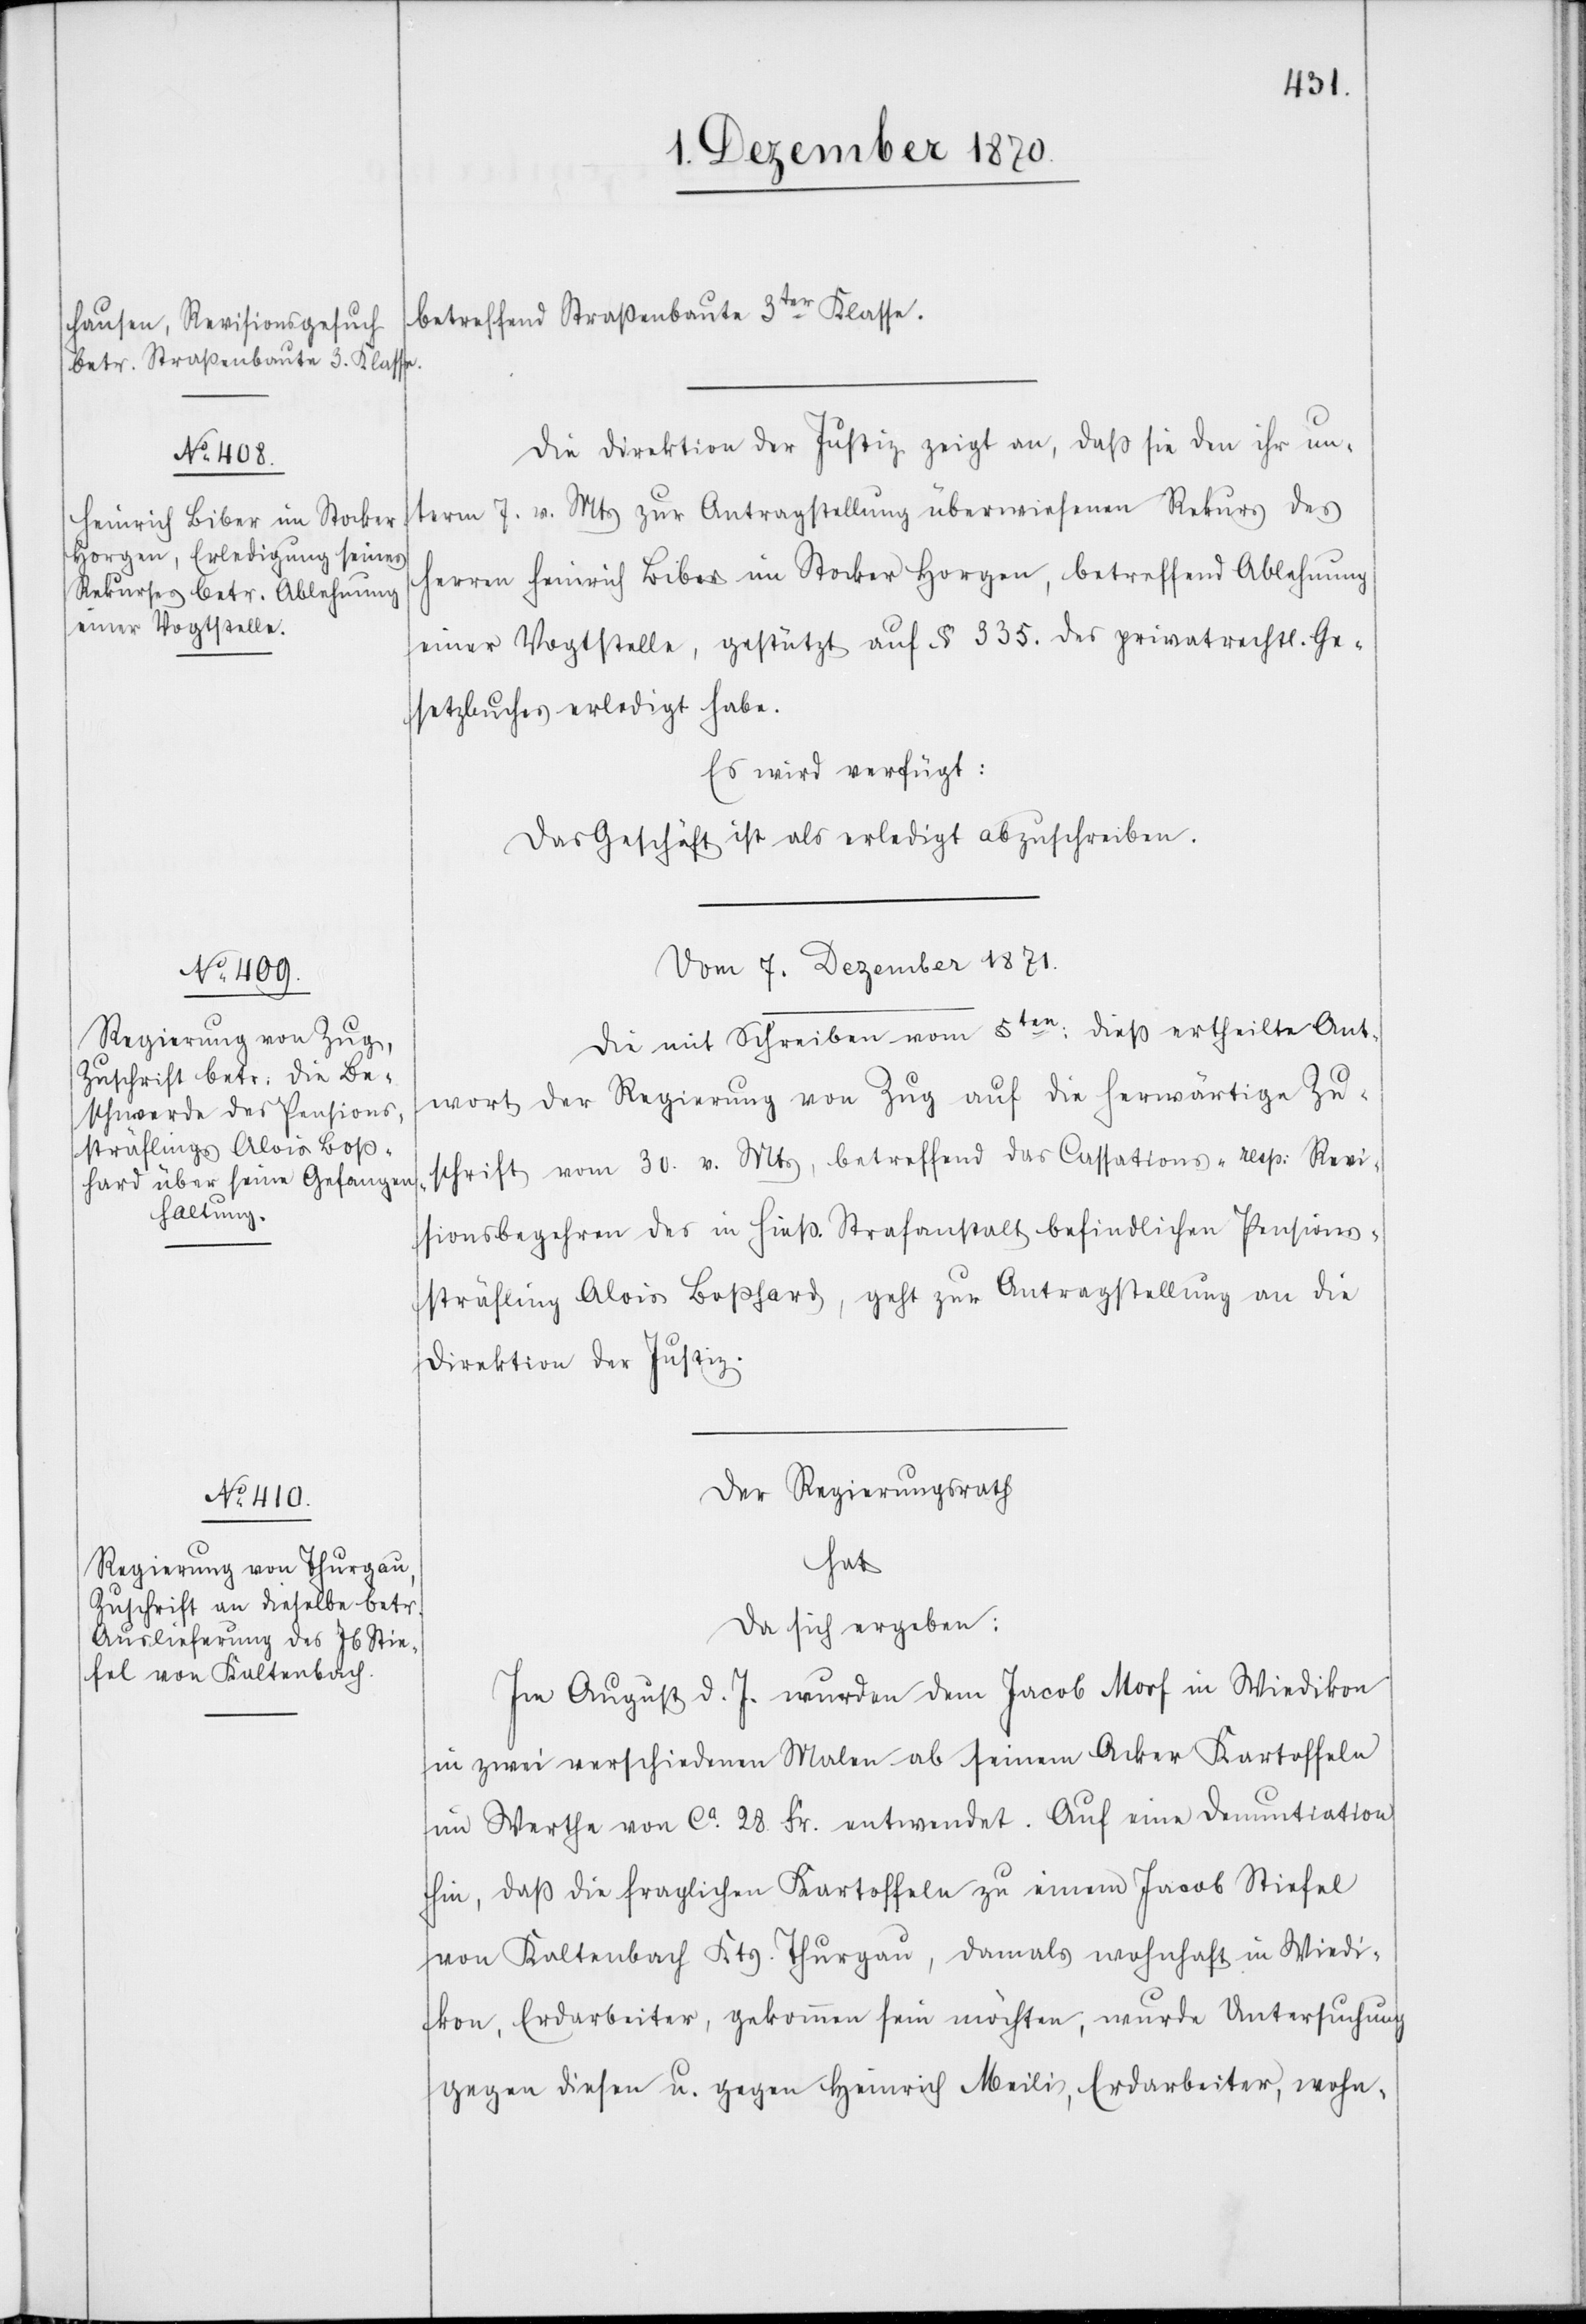
betreffend Straßenbaute 3ter Klasse.
Die Direktion der Justiz zeigt an, daß sie den ihr un¬
term 7. v. Mts zur Antragstellung überwiesenen Rekurs des
Herren Heinrich Biber im Stocker Horgen, betreffend Ablehnung
einer Vogstelle, gestützt auf § 335. des privatrechtl Ge¬
setzbuches erledigt habe.
Es wird verfügt:
Das Geschäft ist als erledigt abzuschreiben.
vom 7. Dezember 1870.]
Die mit Schreiben vom 5ten dieß ertheilte Ant¬
wort der Regierung von Zug auf die herwärtige Zu¬
schrift vom 30. v. Mts, betreffend das Cassations- resp: Revi¬
sionsbegehren des in hieß. Strafanstalt befindlichen Pensions¬
sträfling Alois Boßhard, geht zur Antragstellung an die
Direktion der Justiz.
Der Regierungsrath
hat
da sich ergeben:
Im August d. J. wurden dem Jacob Morf in Wiedikon
in zwei verschiedenen Malen ab seinem Acker Kartoffeln
im Werthe von ca. 28 Fr. entwendet. Auf eine Denuntiation
hin, daß die fraglichen Kartoffeln zu einem Jacob Stiefel
von Kaltenbach Kts. Thurgau, damals wohnhaft in Wiedi¬
kon, Erdarbeiter, gekommen sein möchten, wurde Untersuchung
gegen diesen u. gegen Heinrich Meili, Erdarbeiter, wohn-